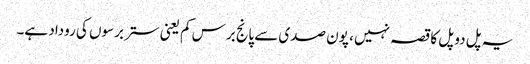
یہ پل دو پل کا قصہ نہیں ، پون صدی سے پانج برس کم یعنی ستر برسوں کی روداد ہے۔